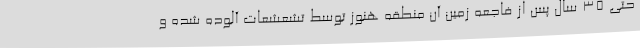
حتی ۳۵ سال پس از فاجعه زمین آن منطقه هنوز توسط تشعشعات آلوده شده و